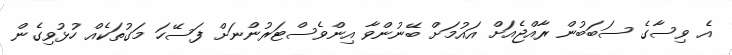
އެ ވިސާގެ ސަބަބުން ރާއްޖެއަށް އައުމަށް ބޭނުންވާ އިންވެސްޓަރުންނަށް ފަސޭހަ މަގުތަކެއް ހުޅުވިގެން